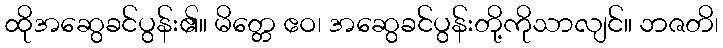
ထိုအဆွေခင်ပွန်း၏။ မိတ္တေ ဧဝ၊ အဆွေခင်ပွန်းတို့ကိုသာလျင်။ ဘဇတိ၊